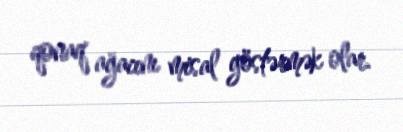
qonaq ağacını misal göstərmək olar.